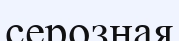
серозная